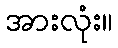
အားလုံး။